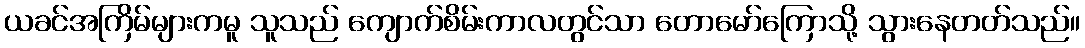
ယခင်အကြိမ်များကမူ သူသည် ကျောက်စိမ်းကာလတွင်သာ တောမော်ကြောသို့ သွားနေတတ်သည်။